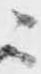
ニ